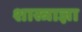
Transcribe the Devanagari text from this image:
शास्त्राज्ञा